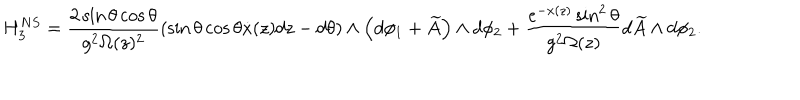
H _ { 3 } ^ { N S } = \frac { 2 \sin { \theta } \cos { \theta } } { g ^ { 2 } \Omega ( z ) ^ { 2 } } \left( \sin { \theta } \cos { \theta } \dot { x } ( z ) d z - d \theta \right) \wedge \left( d \phi _ { 1 } + \widetilde { A } \right) \wedge d \phi _ { 2 } + \frac { e ^ { - x ( z ) } \sin ^ { 2 } { \theta } } { g ^ { 2 } \Omega ( z ) } d \widetilde { A } \wedge d \phi _ { 2 } .